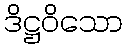
ဒိဋ္ဌဝိသော